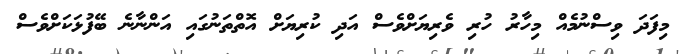
މިފަދަ ވިސްނުމެއް މިހާރު ހުރި ވެރިޔަށްވެސް އަދި ކުރިޔަށް އޮތްތަނުގައި އަންނާނެ ބޭފުޅަކަށްވެސް